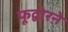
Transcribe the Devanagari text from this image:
फूद्बोरने